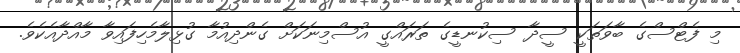
މި ފެޓްސްގެ ބާވަތަކީ ސީދާ ސިކުނޑީގެ ތަރައްގީ އުސްމިނަކަށް ގެންދިއުމާ ގުޅިލާމެހިފައިވާ މާއްދާއެކެވެ.